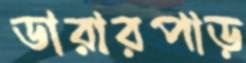
ডারারপাড়